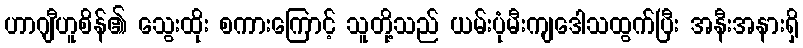
ဟာဂျီဟူစိန်၏ သွေးထိုး စကားကြောင့် သူတို့သည် ယမ်းပုံမီးကျဒေါသထွက်ပြီး အနီးအနားရှိ